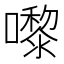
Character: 嚟